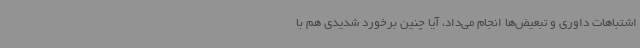
اشتباهات داوری و تبعیض‌ها انجام می‌داد، آیا چنین برخورد شدیدی هم با